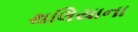
થલિયાના